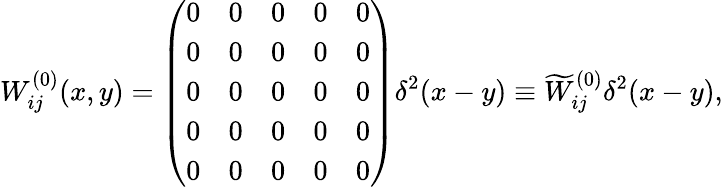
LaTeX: W_{ij}^{(0)}(x,y)=\left(\begin{array}{ccccc}{{0}}&{{0}}&{{0}}&{{0}}&{{0}}\\ {{0}}&{{0}}&{{0}}&{{0}}&{{0}}\\ {{0}}&{{0}}&{{0}}&{{0}}&{{0}}\\ {{0}}&{{0}}&{{0}}&{{0}}&{{0}}\\ {{0}}&{{0}}&{{0}}&{{0}}&{{0}}\end{array}\right)\delta^{2}(x-y)\equiv\widetilde{W}_{ij}^{(0)}\delta^{2}(x-y),